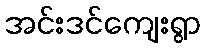
အင်းဒင်ကျေးရွာ